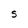
Character: S